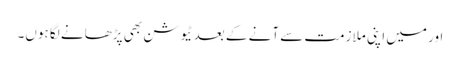
اور میں اپنی ملازمت سے آنے کے بعد ٹیوشن بھی پڑھانے لگا ہوں۔